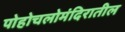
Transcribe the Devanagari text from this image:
पोहोचलोमंदिरातील